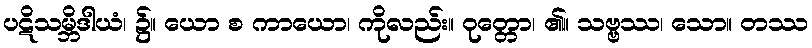
ပဋိသမ္ဘိဒါယံ၊ ၌။ ယော စ ကာယော၊ ကိုလည်း။ ဝုတ္တော၊ ၏။ သဗ္ဗဿ၊ သော။ တဿ